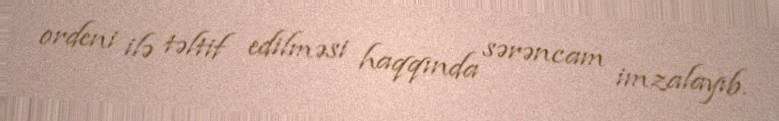
ordeni ilə təltif edilməsi haqqında sərəncam imzalayıb.